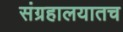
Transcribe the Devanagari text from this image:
संग्रहालयातच